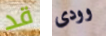
قد وودى